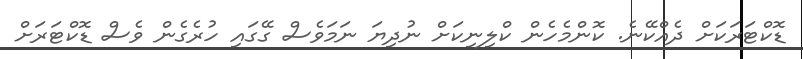
ޑޮކްޓަރަކަށް ދެއްކޭނެ. ކޮންމެހެން ކްލިނިކަށް ނުދިޔަ ނަމަވެސް ގޭގައި ހުރެގެން ވެސް ޑޮކްޓަރަށް